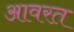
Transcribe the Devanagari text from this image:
आवरत